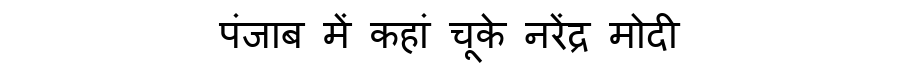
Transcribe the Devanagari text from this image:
पंजाब में कहां चूके नरेंद्र मोदी